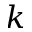
k